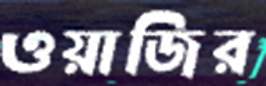
ওয়াজির